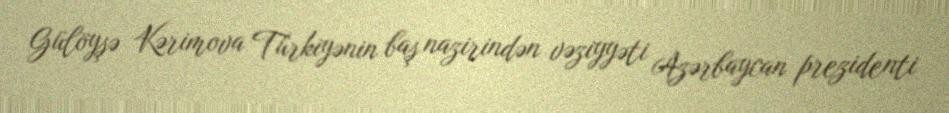
Gülöyşə Kərimova Türkiyənin baş nazirindən vəziyyəti Azərbaycan prezidenti